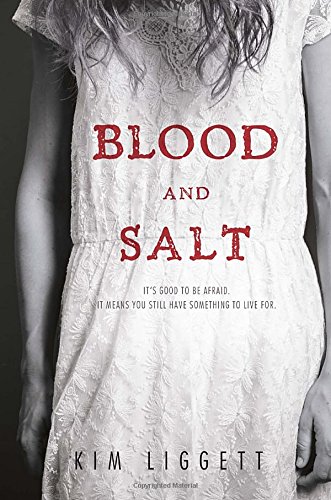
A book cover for Blood and Salt; Kim Liggett; Teen & Young Adult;